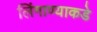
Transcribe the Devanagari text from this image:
लिंगाण्याकडे